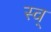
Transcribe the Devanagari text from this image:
स्व्